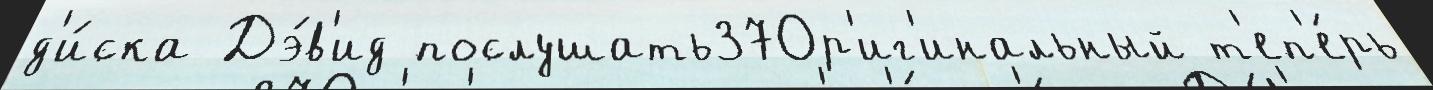
д'и́ска Дэ́в'ид послушать37Ор'иг'инальный т'еп'е́рь